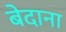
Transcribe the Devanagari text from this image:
बेदाना